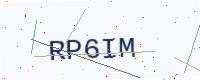
Text: RP6IM